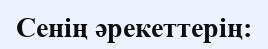
Сенің әрекеттерің: